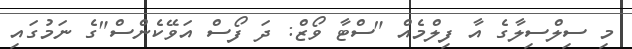
މި ސިލްސިލާގެ އާ ފިލްމެއް "ސްޓާ ވޯޒް: ދަ ފޯސް އަވޭކެންސް"ގެ ނަމުގައި